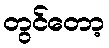
တွင်တော့